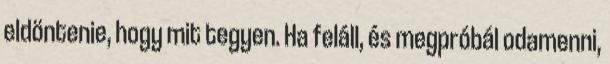
eldöntenie, hogy mit tegyen. Ha feláll, és megpróbál odamenni,